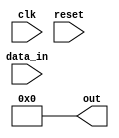
module async_reset_behavioral (
    input wire clk,          // Clock signal
    input wire reset,        // Asynchronous reset signal (active high)
    input wire [7:0] data_in, // Example data input
    output reg [7:0] out     // Output signal
);

// Initial state of the output
initial begin
    out = 8'b00000000; // Default state for out
end

// Behavioral description with asynchronous reset
always @(*) begin
    // Asynchronous reset check
    if (reset) begin
        out = 8'b00000000; // Set output to predefined state on reset
    end
end

// Synchronous behavior on rising edge of the clock
always @(posedge clk) begin
    if (!reset) begin
        // Normal operation, update output based on data_in
        out = data_in; // Example of processing the input data
    end
end

endmodule